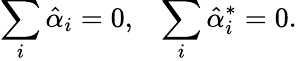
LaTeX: \sum_{i}\hat{\alpha}_{i}=0,\; \; \; \sum_{i}\hat{\alpha}_{i}^{*}=0.